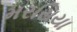
મરસિયા